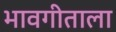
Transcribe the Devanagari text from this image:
भावगीताला